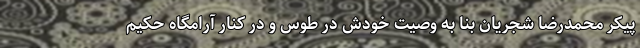
پیکر محمدرضا شجریان بنا به وصیت خودش در طوس و در کنار آرامگاه حکیم